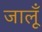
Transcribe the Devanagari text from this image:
जालूँ